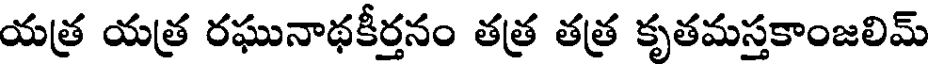
యత్ర యత్ర రఘునాథకీర్తనం తత్ర తత్ర కృతమస్తకాంజలిమ్